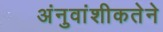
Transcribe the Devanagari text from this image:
अंनुवांशीकतेने